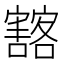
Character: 𡫲